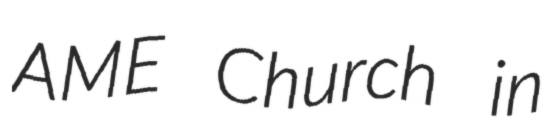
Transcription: AME Church in